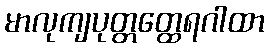
မာလုကျပုတ္တတ္ထေရဂါထာ